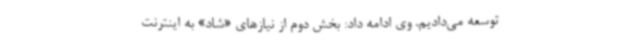
توسعه می‌دادیم. وی ادامه داد: بخش دوم از نیازهای «شاد» به اینترنت